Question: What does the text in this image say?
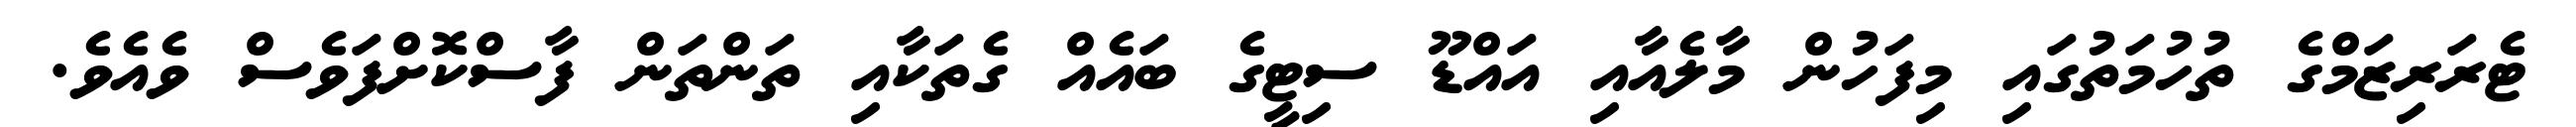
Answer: ޓެރަރިޒަމްގެ ތުހުމަތުގައި މިފަހުން މާލެއާއި އައްޑޫ ސިޓީގެ ބައެއް ގެތަކާއި ތަންތަން ފާސްކޮށްފަވެސް ވެއެވެ.